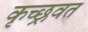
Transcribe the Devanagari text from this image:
कृच्छ्रवत